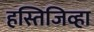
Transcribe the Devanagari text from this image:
हस्तिजिव्हा